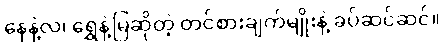
နေနဲ့လ၊ ရွှေနဲ့မြဆိုတဲ့ တင်စားချက်မျိုးနဲ့ ခပ်ဆင်ဆင်။